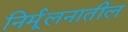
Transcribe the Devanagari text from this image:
निर्मूलनातील